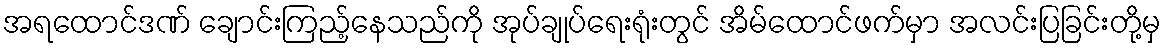
အရထောင်ဒဏ် ချောင်းကြည့်နေသည်ကို အုပ်ချုပ်ရေးရုံးတွင် အိမ်ထောင်ဖက်မှာ အလင်းပြခြင်းတို့မှ